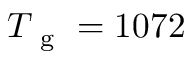
T _ { \mathrm { ~ g ~ } } = 1 0 7 2